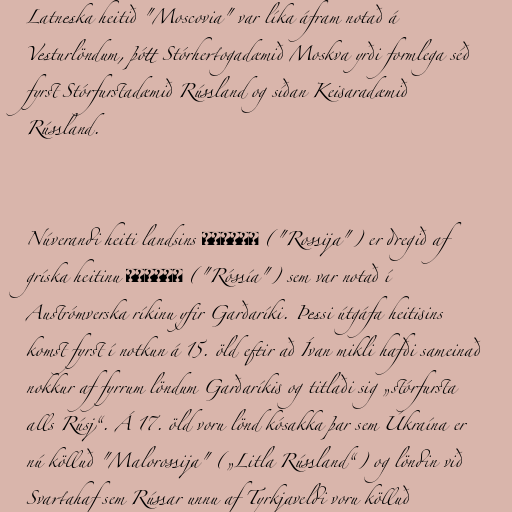
Latneska heitið "Moscovia" var líka áfram notað á
Vesturlöndum, þótt Stórhertogadæmið Moskva yrði formlega séð
fyrst Stórfurstadæmið Rússland og síðan Keisaradæmið
Rússland.

Núverandi heiti landsins Россия ("Rossija") er dregið af
gríska heitinu Ρωσσία ("Róssía") sem var notað í
Austrómverska ríkinu yfir Garðaríki. Þessi útgáfa heitisins
komst fyrst í notkun á 15. öld eftir að Ívan mikli hafði sameinað
nokkur af fyrrum löndum Garðaríkis og titlaði sig „stórfursta
alls Rúsj“. Á 17. öld voru lönd kósakka þar sem Úkraína er
nú kölluð "Malorossija" („Litla Rússland“) og löndin við
Svartahaf sem Rússar unnu af Tyrkjaveldi voru kölluð